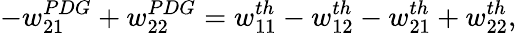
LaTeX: -w_{21}^{PDG}+w_{22}^{PDG}=w_{11}^{th}-w_{12}^{th}-w_{21}^{th}+w_{22}^{th},